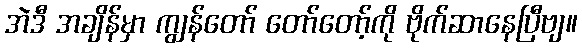
အဲဒီ အချိန်မှာ ကျွန်တော် တော်တော့်ကို ဗိုက်ဆာနေပြီဗျ။